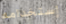
إستخدامه